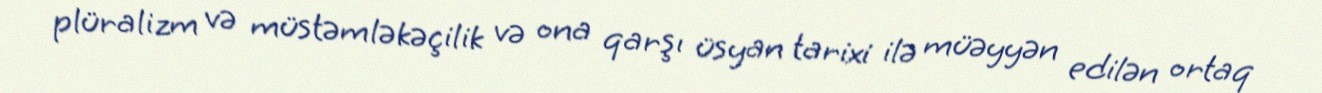
plüralizm və müstəmləkəçilik və ona qarşı üsyan tarixi ilə müəyyən edilən ortaq